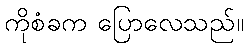
ကိုစံခက ပြောလေသည်။